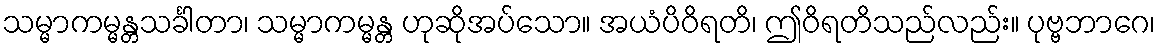
သမ္မာကမ္မန္တသင်္ခါတာ၊ သမ္မာကမ္မန္တ ဟုဆိုအပ်သော။ အယံပိဝိရတိ၊ ဤဝိရတိသည်လည်း။ ပုဗ္ဗဘာဂေ၊